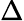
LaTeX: \Delta